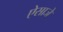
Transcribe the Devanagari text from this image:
ऐसाजे